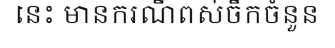
នេះ មានករណីពស់ចឹកចំនួន